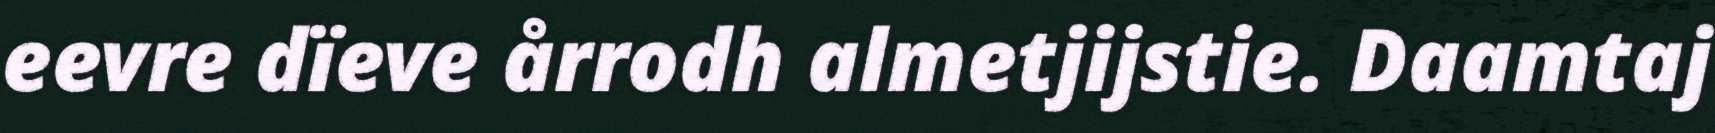
eevre dïeve årrodh almetjijstie. Daamtaj